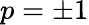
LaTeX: p=\pm 1